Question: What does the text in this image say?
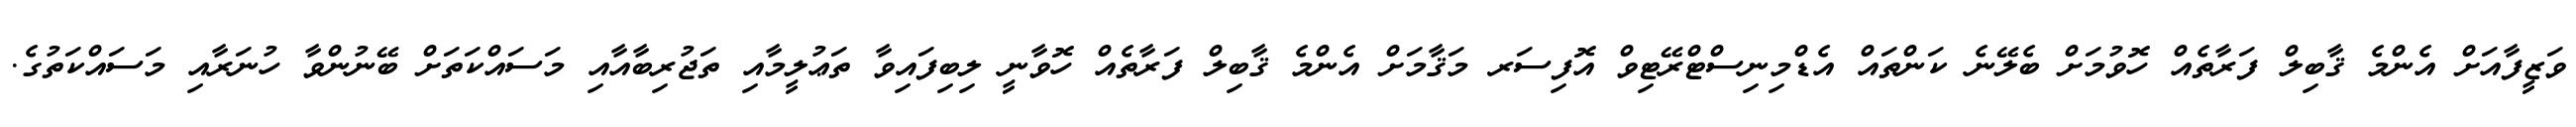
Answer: ވަޒީފާއަށް އެންމެ ޤާބިލް ފަރާތެއް ހޮވުމަށް ބެލޭނެ ކަންތައް އެޑްމިނިސްޓްރޭޓިވް އޮފިސަރ މަޤާމަށް އެންމެ ޤާބިލް ފަރާތެއް ހޮވާނީ ލިބިފައިވާ ތަޢުލީމާއި ތަޖުރިބާއާއި މަސައްކަތަށް ބޭނުންވާ ހުނަރާއި މަސައްކަތުގެ.